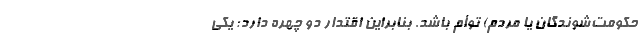
حکومت‌شوندگان یا مردم) توأم باشد. بنابراین اقتدار دو چهره دارد: یکی